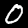
Digit: 0